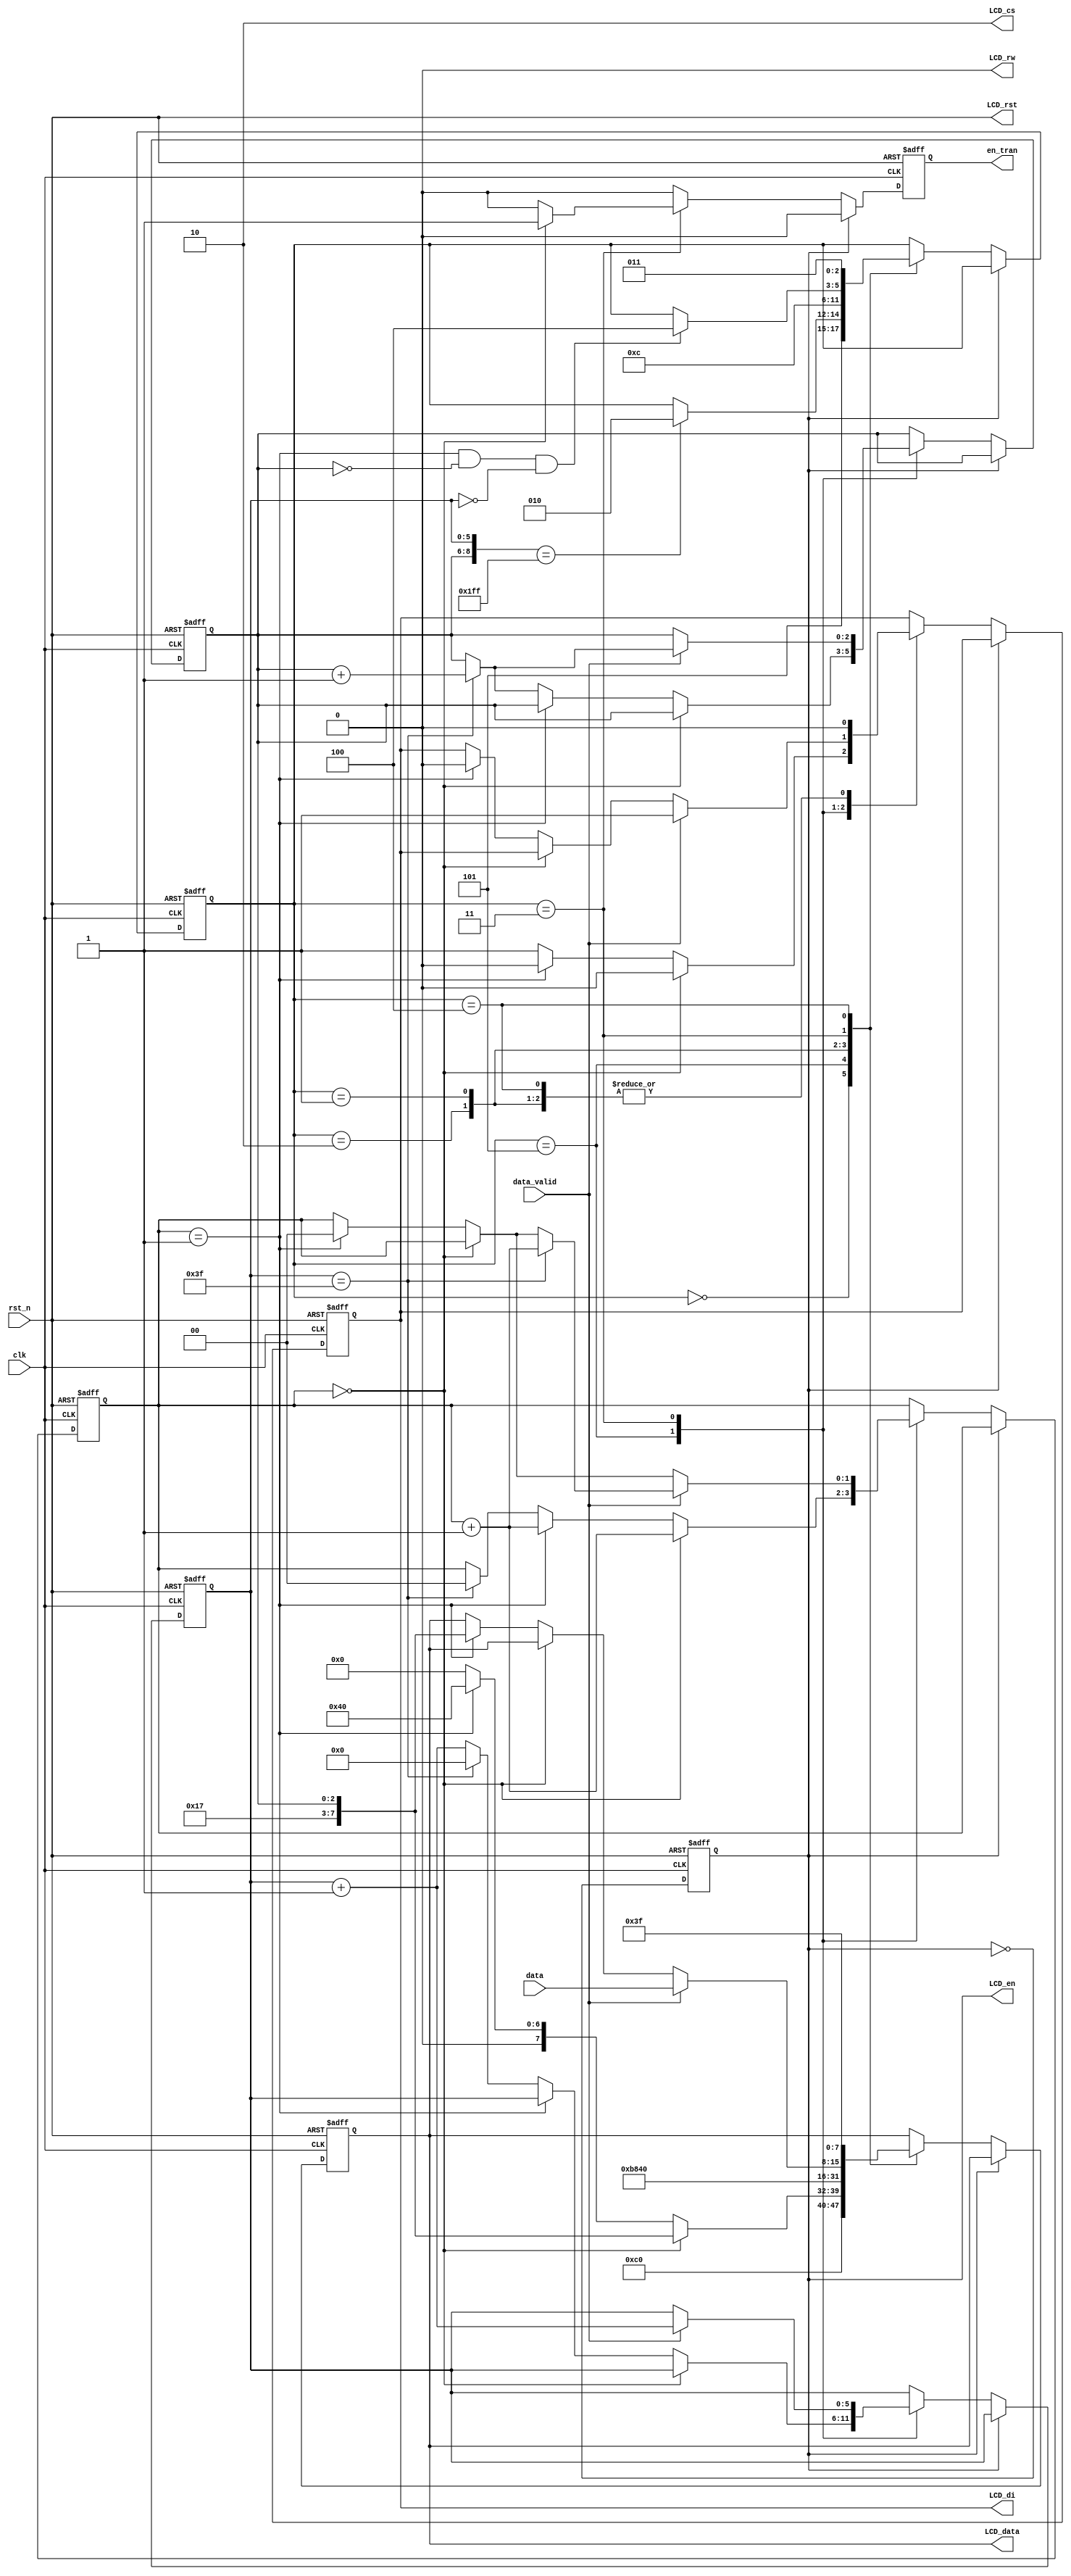
////////////////////////////////////////////////////////////////////////
// Department of Computer Science
// National Tsing Hua University
// Project   : Design Gadgets for Hardware Lab
// Module    : lcd_ctrl
// Revision  : 2
module LCD_control (
  input wire clk,
  input wire rst_n,
  input wire [7:0] data,    // memory value  
  input wire data_valid,    // if data_valid = 1 the data is valid

  output reg LCD_di,
  output wire LCD_rw,
  output reg LCD_en,
  output wire LCD_rst,
  output wire [1:0] LCD_cs,
  output reg [7:0] LCD_data,
  output reg en_tran
);
 
  parameter SETDSL = 3'd0;
  parameter SetY = 3'd1;
  parameter SetX = 3'd2;
  parameter Display = 3'd3;
  parameter IDLE = 3'd4;
  parameter EARSE = 3'd5;

  assign LCD_rst = rst_n;
  assign LCD_cs = 2'b10;
  assign LCD_rw = 1'b0;
 
  reg LCD_di_next;
  reg [7:0] LCD_data_next;
  reg LCD_en_next;
  reg [2:0] state,state_next;
  reg en_tran_next;
  reg [5:0] y_cnt,y_cnt_next;
  reg [1:0] flag,flag_next;
  reg [2:0] x_cnt,x_cnt_next;
 
  always @(posedge clk or negedge rst_n) begin
    if (~rst_n) begin
      LCD_di = 1'd0;
      LCD_data = 8'b0000_0000;
      LCD_en = 1'b1;
      state = SETDSL;
      en_tran = 1'b0;
      y_cnt = 6'd0;
      x_cnt = 3'd0;
      flag = 2'd0;
    end else begin
      LCD_di = LCD_di_next;
      LCD_data = LCD_data_next;
      LCD_en = LCD_en_next;
      state = state_next;
      en_tran = en_tran_next;
      y_cnt = y_cnt_next;
      x_cnt = x_cnt_next;
      flag = flag_next;
    end
  end
  
  always @* begin
    state_next = state;
    if (LCD_en == 1'b0) begin
      case (state)
        SETDSL: begin
          state_next = EARSE;
        end
        EARSE: begin
          if ({x_cnt,y_cnt} == {3'd7,6'd63}) state_next = SetX;
        end
        SetX: begin
          state_next = SetY;
        end
        SetY: begin
          state_next = IDLE;
        end
        Display: begin
          if(flag == 1'b1 && x_cnt == 3'd0 && y_cnt == 6'd0) state_next = IDLE;
        end
        IDLE:begin
          state_next = Display;
        end
      endcase
    end
  end
 
  always @(*) begin
    LCD_en_next = ~LCD_en;
    LCD_data_next = LCD_data;
    LCD_di_next = LCD_di;
    en_tran_next = 1'd0;
    y_cnt_next = y_cnt;
    x_cnt_next = x_cnt;
    flag_next = flag;
    if (LCD_en ==1'd0) begin
      case (state)
        SETDSL: begin
          LCD_data_next = 8'b1100_0000;
          LCD_di_next   = 1'd0;
        end
        EARSE: begin
          if (flag == 2'b0) begin
            LCD_di_next   = 1'd0;
            LCD_data_next = {5'b10111,x_cnt};
            flag_next = flag + 1'b1;
          end else if (flag == 2'b1) begin
            LCD_di_next   = 1'd0;
            LCD_data_next = 8'b0100_0000;
            flag_next = flag + 1'b1;
          end else begin
            LCD_di_next   = 1'd1;
            LCD_data_next  = 8'b0000_0000;
            if (y_cnt == 6'd63) begin
              y_cnt_next = 6'd0;
              flag_next = 2'd0;
              x_cnt_next = x_cnt + 1'b1;
            end else begin
              y_cnt_next = y_cnt + 1'b1;
            end
          end
        end
        SetX: begin
          LCD_data_next = 8'b10111000;
          LCD_di_next   = 1'd0;
        end
        SetY: begin
          LCD_data_next = 8'b0100_0000;
          LCD_di_next   = 1'd0;
        end
        Display: begin
          if (flag == 2'b0) begin
            en_tran_next = 1'd1;
          end else if (flag == 2'd1) begin
            LCD_data_next = {5'b10111, x_cnt};
            LCD_di_next = 1'd0;
            flag_next = 2'd0;
          end
          if (data_valid) begin
            y_cnt_next = y_cnt + 1'b1;
            LCD_di_next = 1'd1;
            LCD_data_next = data;
            if (y_cnt == 6'd63) begin
              flag_next = flag + 1'b1;
              x_cnt_next = x_cnt + 1'b1;
            end
          end
        end
        IDLE: begin
          LCD_di_next = 1'd0;
          LCD_data_next = 8'b0011_1111;
        end
      endcase
    end
  end
endmodule